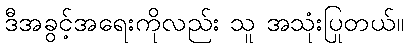
ဒီအခွင့်အရေးကိုလည်း သူ အသုံးပြုတယ်။